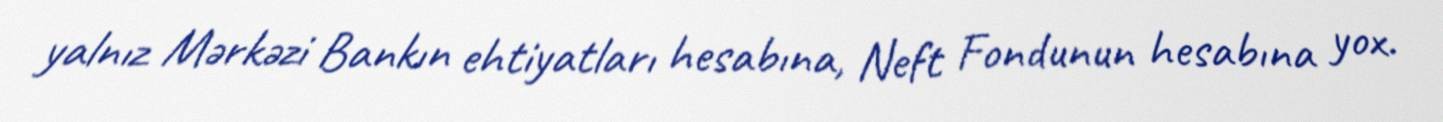
yalnız Mərkəzi Bankın ehtiyatları hesabına, Neft Fondunun hesabına yox.